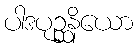
ပါဒပုဉ္ဆနိယော